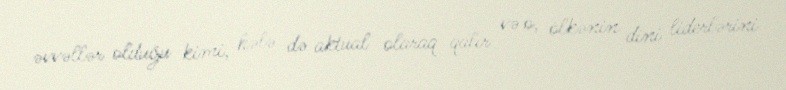
əvvəllər olduğu kimi, hələ də aktual olaraq qalır və o, ölkənin dini liderlərini